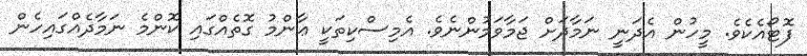
ފޮޓޯއެކެވެ. މީހުން އެދަނީ ނަމާދަށް ޖަމާވަމުންނެވެ. އެމިސްކިތަކީ ޢާންމު ގޮތެއްގައި ކޮންމެ ނަމާދެއްގައިހެން